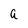
Character: a